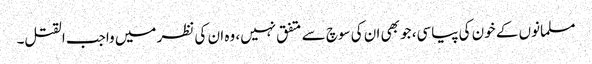
مسلمانوں کے خون کی پیاسی، جو بھی ان کی سوچ سے متفق نہیں، وہ ان کی نظر میں واجب القتل۔